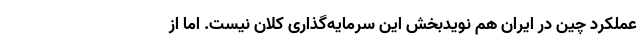
عملکرد چین در ایران هم نویدبخش این سرمایه‌گذاری کلان نیست. اما از